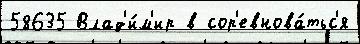
58635 Влад'и́м'ир в сор'евнова́тьс'я